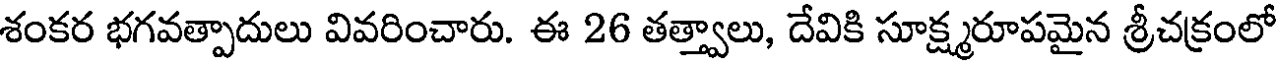
శంకర భగవత్పాదులు వివరించారు. ఈ 26 తత్త్వాలు, దేవికి సూక్ష్మరూపమైన శ్రీచక్రంలో